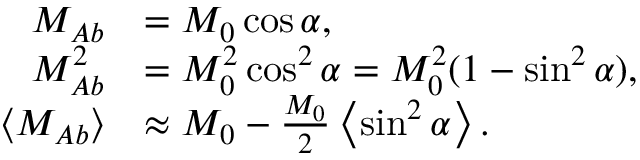
\begin{array} { r l } { M _ { A b } } & { = M _ { 0 } \cos \alpha , } \\ { M _ { A b } ^ { 2 } } & { = M _ { 0 } ^ { 2 } \cos ^ { 2 } \alpha = M _ { 0 } ^ { 2 } ( 1 - \sin ^ { 2 } \alpha ) , } \\ { \left\langle { M _ { A b } } \right\rangle } & { \approx M _ { 0 } - \frac { M _ { 0 } } { 2 } \left\langle { \sin ^ { 2 } \alpha } \right\rangle . } \end{array}